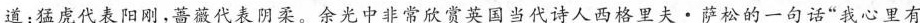
道：猛虎代表阳刚，蔷薇代表阴柔。余中非常欣赏英国当代诗人西格里夫。萨松的一句话”我心里有